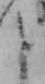
と